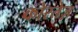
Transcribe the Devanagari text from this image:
कोरतेज़